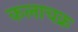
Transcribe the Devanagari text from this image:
कलाचक्र